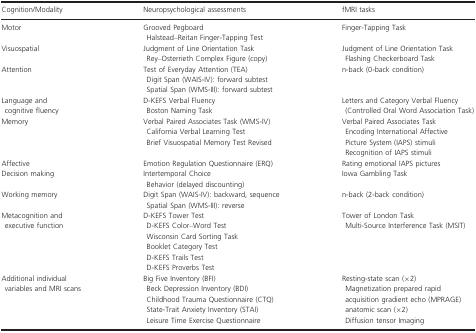
<table><thead><tr><td><b>Cognition/Modality</b></td><td><b>Neuropsychological assessments</b></td><td><b>fMRI tasks</b></td></tr></thead><tbody><tr><td>Motor</td><td>Grooved Pegboard Halstead–Reitan Finger-Tapping Test</td><td>Finger-Tapping Task</td></tr><tr><td>Visuospatial</td><td>Judgment of Line Orientation Task Rey–Osterrieth Complex Figure (copy)</td><td>Judgment of Line Orientation Task Flashing Checkerboard Task</td></tr><tr><td>Attention</td><td>Test of Everyday Attention (TEA) Digit Span (WAIS-IV): forward subtest Spatial Span (WMS-III): forward subtest</td><td>n-back (0-back condition)</td></tr><tr><td>Language and cognitive fluency</td><td>D-KEFS Verbal Fluency Boston Naming Task</td><td>Letters and Category Verbal Fluency (Controlled Oral Word Association Task)</td></tr><tr><td>Memory</td><td>Verbal Paired Associates Task (WMS-IV) California Verbal Learning Test Brief Visuospatial Memory Test Revised</td><td>Verbal Paired Associates Task Encoding International Affective Picture System (IAPS) stimuli Recognition of IAPS stimuli</td></tr><tr><td>Affective</td><td>Emotion Regulation Questionnaire (ERQ)</td><td>Rating emotional IAPS pictures</td></tr><tr><td>Decision making</td><td>Intertemporal Choice Behavior (delayed discounting)</td><td>Iowa Gambling Task</td></tr><tr><td>Working memory</td><td>Digit Span (WAIS-IV): backward, sequence Spatial Span (WMS-III): reverse</td><td>n-back (2-back condition)</td></tr><tr><td>Metacognition and executive function</td><td>D-KEFS Tower Test D-KEFS Color–Word Test Wisconsin Card Sorting Task Booklet Category Test D-KEFS Trails Test D-KEFS Proverbs Test</td><td>Tower of London Task Multi-Source Interference Task (MSIT)</td></tr><tr><td>Additional individual variables and MRI scans</td><td>Big Five Inventory (BFI) Beck Depression Inventory (BDI) Childhood Trauma Questionnaire (CTQ) State-Trait Anxiety Inventory (STAI) Leisure Time Exercise Questionnaire</td><td>Resting-state scan (×2) Magnetization prepared rapid acquisition gradient echo (MPRAGE) anatomic scan (×2) Diffusion tensor Imaging</td></tr></tbody></table>